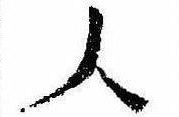
人